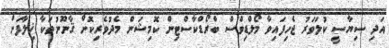
އަދި ސިޔާސީ ކުލަވަރު ޖެހިފައިވާ މޯލްޑިވްސް ބްރޯޑްކާސްޓިން ކޮމިޝަން މެދުވެރިކޮށް ޤާނޫނުތަކާ ޚިލާފަށް